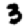
Digit: 3